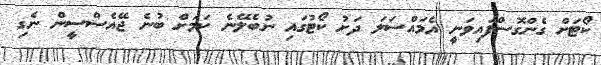
ކޯޓަށް ގެންގޮސްފައިވަނީ އެމައްސަލަ ދަށު ކޯޓުގައި ނުބެލޭނެ ކަމަށް ބުނެ ޖޭއެސްސީން ނެގި